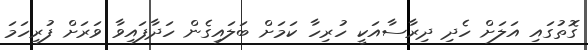
ގޮތުގައި އަލަށް ހެދި ދިރާސާއަކީ ހުރިހާ ކަމަށް ބަލައިގެން ހަދާފައިވާ ވަރަށް ފުރިހަމަ